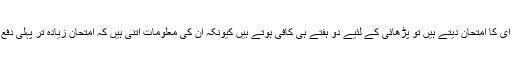
جب وہ یو ایس ایم ایل ای کا امتحان دیتے ہیں تو پڑھائی کے لئیے دو ہفتے ہی کافی ہوتے ہیں کیونکہ ان کی معلومات اتنی ہیں کہ امتحان زیادہ تر پہلی دفع میں پاس کرلیتے ہیں۔